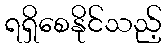
ရရှိစေနိုင်သည့်